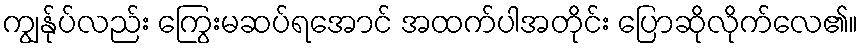
ကျွန်ုပ်လည်း ကြွေးမဆပ်ရအောင် အထက်ပါအတိုင်း ပြောဆိုလိုက်လေ၏။